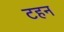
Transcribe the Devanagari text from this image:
टहन